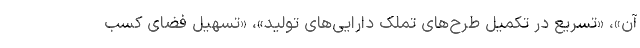
آن»، «تسریع در تکمیل طرح‌های تملک دارایی‌های تولید»، «تسهیل فضای کسب